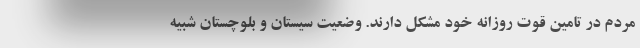
مردم در تامین قوت روزانه خود مشکل دارند. وضعیت سیستان و بلوچستان شبیه